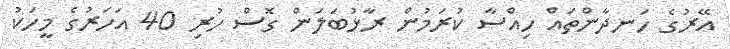
އޭރުގެ ހަނދާންތައް ހިއްސާ ކުރަމުން ރާޅުބަލަން ގޮސް ހުރި 40 އަހަރުގެ މީހަކު